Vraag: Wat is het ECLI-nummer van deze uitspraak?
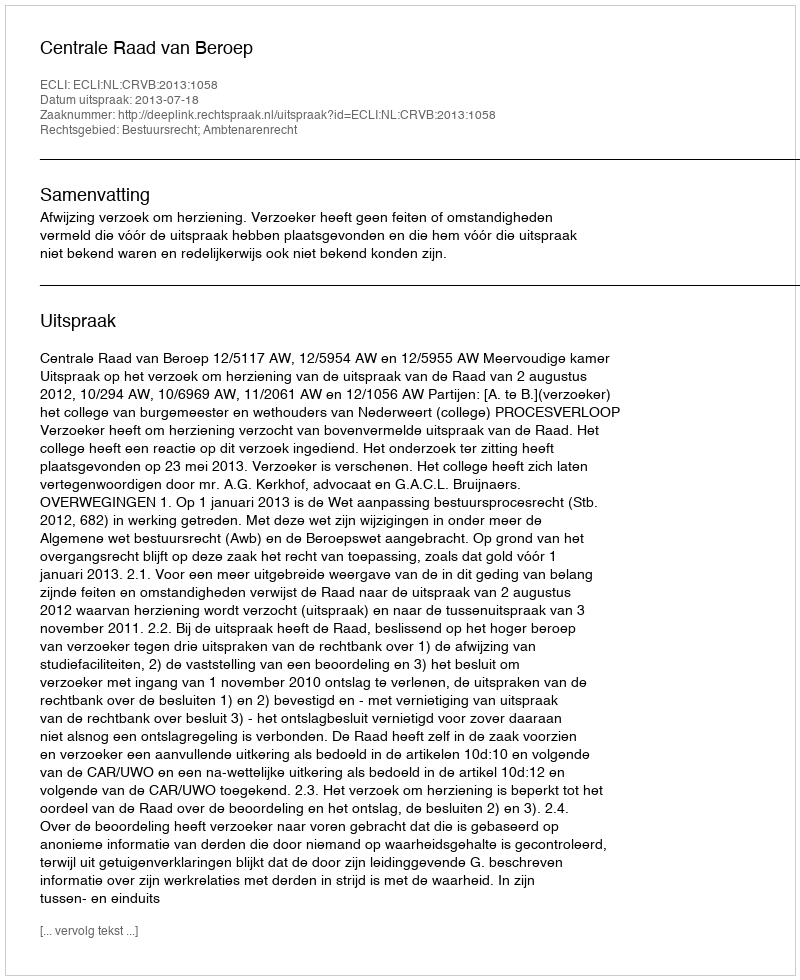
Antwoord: ECLI:NL:CRVB:2013:1058